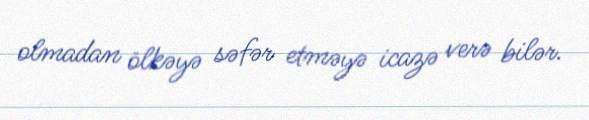
olmadan ölkəyə səfər etməyə icazə verə bilər.